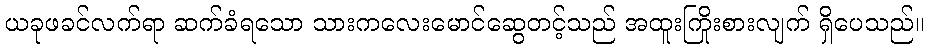
ယခုဖခင်လက်ရာ ဆက်ခံရသော သားကလေးမောင်ဆွေတင့်သည် အထူးကြိုးစားလျက် ရှိပေသည်။